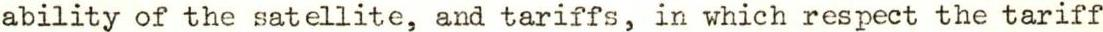
ability of the satellite, and tariffs, in which respect the tariff